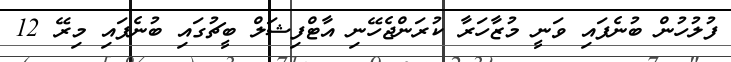
ފުލުހުން ބުނެފައި ވަނީ މުޒާހަރާ ކުރަންޖެހޭނި އާޓްފިޝަލް ބީޗުގައި ބުނެފައި މިރޭ 12